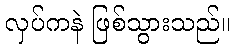
လှပ်ကနဲ ဖြစ်သွားသည်။